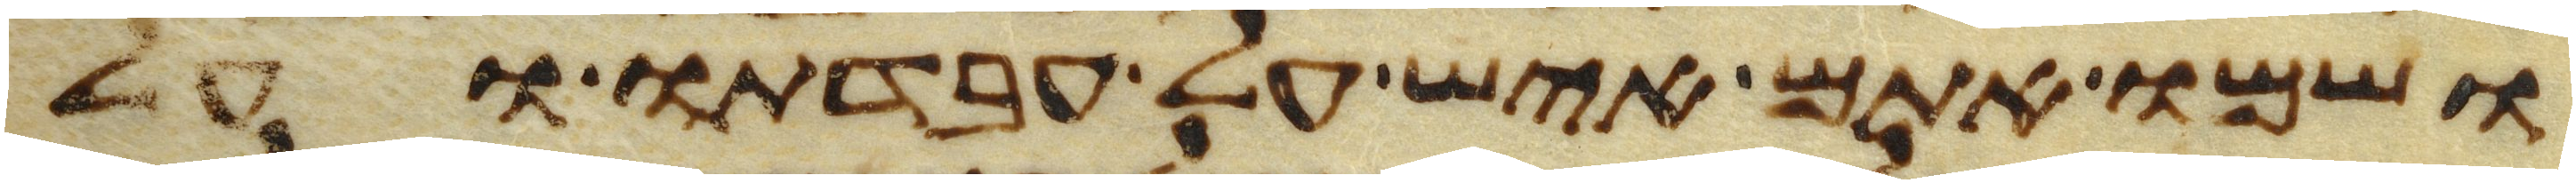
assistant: ושמו אתם איש על עבדתו ועל